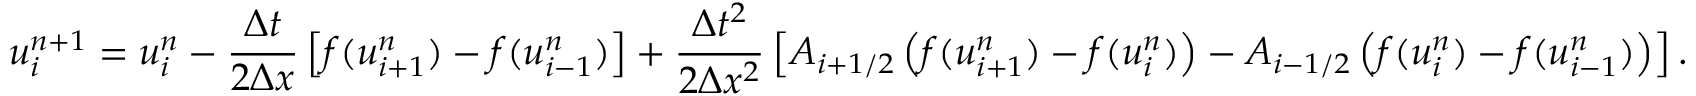
u _ { i } ^ { n + 1 } = u _ { i } ^ { n } - { \frac { \Delta t } { 2 \Delta x } } \left[ f ( u _ { i + 1 } ^ { n } ) - f ( u _ { i - 1 } ^ { n } ) \right] + { \frac { \Delta t ^ { 2 } } { 2 \Delta x ^ { 2 } } } \left[ A _ { i + 1 / 2 } \left( f ( u _ { i + 1 } ^ { n } ) - f ( u _ { i } ^ { n } ) \right) - A _ { i - 1 / 2 } \left( f ( u _ { i } ^ { n } ) - f ( u _ { i - 1 } ^ { n } ) \right) \right] .